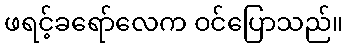
ဖရင့်ခရော်လေက ဝင်ပြောသည်။